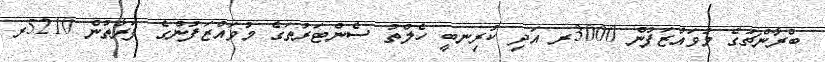
ބްރާންޗުގެ މުވައްޒަފުން 3000ރ އަދި ކުރިނބީ ހެލްތު ސެންޓަރުތަގެ މުވައްޒަފުންގެ ފަރާތުން 5210ރ